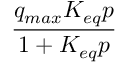
\frac { q _ { m a x } K _ { e q } p } { 1 + K _ { e q } p }